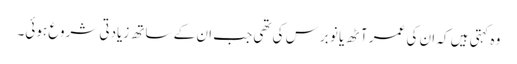
وہ کہتی ہیں کہ ان کی عمر آٹھ یا نو برس کی تھی جب ان کے ساتھ زیادتی شروع ہوئی۔